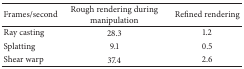
<table><thead><tr><td><b>Frames/second</b></td><td><b>Rough rendering during manipulation</b></td><td><b>Refined rendering</b></td></tr></thead><tbody><tr><td>Ray casting</td><td>28.3</td><td>1.2</td></tr><tr><td>Splatting</td><td>9.1</td><td>0.5</td></tr><tr><td>Shear warp</td><td>37.4</td><td>2.6</td></tr></tbody></table>